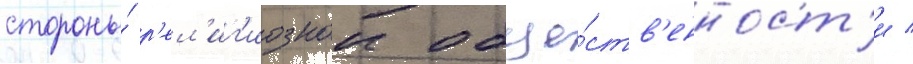
стороны́ р'ел'иг'иознои обще́ств'енност'и /